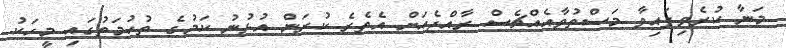
މަނާ ކުރެވިފައިވާ މަސްތުވާއެއްޗެސް ރާއްޖެއަށް އެތެރެ ކުރަން އުޅުނު ކަމުގެ ތުހުމަތުގައި މީހަކު